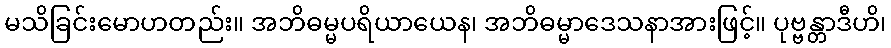
မသိခြင်းမောဟတည်း။ အဘိဓမ္မပရိယာယေန၊ အဘိဓမ္မာဒေသနာအားဖြင့်။ ပုဗ္ဗန္တာဒီဟိ၊